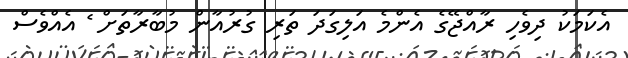
އެކަމަކު ދިވެހި ރާއްޖޭގެ އެންމެ އަލިގަދަ ތަރި ގުރުއާން މުބާރާތަށް ެ އެއްވެސް